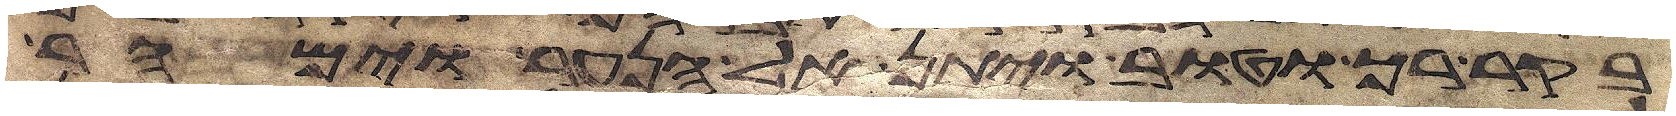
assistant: בקר רך וטוב ויתן אל הנער וימהר